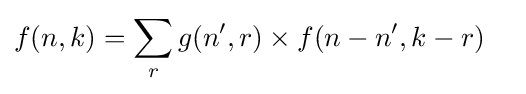
{\begin{aligned}f(n,k)&=\sum _{r}g(n',r)\times f(n-n',k-r)\end{aligned}}